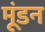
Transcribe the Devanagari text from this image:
मूंडन